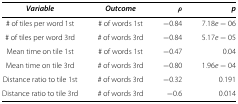
<table><thead><tr><td><b><i>Variable</i></b></td><td><b><i>Outcome</i></b></td><td><b><i>ρ</i></b></td><td><b><i>p</i></b></td></tr></thead><tbody><tr><td># of tiles per word 1st</td><td># of words 1st</td><td>−0.84</td><td>7.18<i>e</i>−06</td></tr><tr><td># of tiles per word 3rd</td><td># of words 3rd</td><td>−0.84</td><td>5.17<i>e</i>−05</td></tr><tr><td>Mean time on tile 1st</td><td># of words 1st</td><td>−0.47</td><td>0.04</td></tr><tr><td>Mean time on tile 3rd</td><td># of words 3rd</td><td>−0.80</td><td>1.96<i>e</i>−04</td></tr><tr><td>Distance ratio to tile 1st</td><td># of words 3rd</td><td>−0.32</td><td>0.191</td></tr><tr><td>Distance ratio to tile 3rd</td><td># of words 3rd</td><td>−0.6</td><td>0.014</td></tr></tbody></table>